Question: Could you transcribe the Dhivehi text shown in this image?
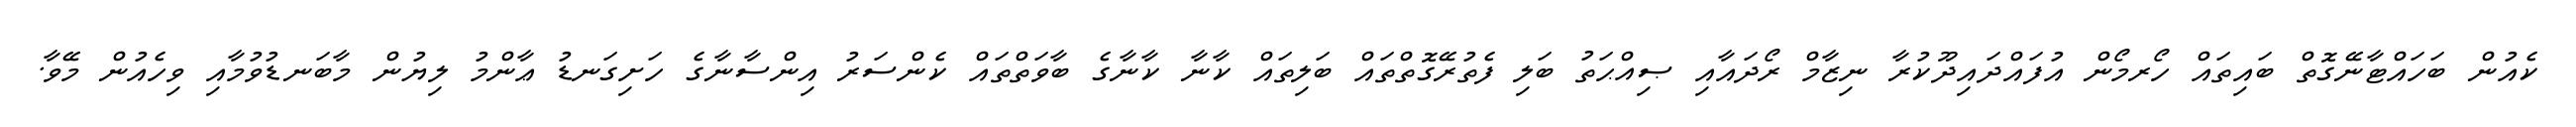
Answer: ކެއުން ބަހައްޓާނޭގޮތް ބައިތައް ހޯރމޯން އުފައްދައިދޫކުރާ ނިޒާމް ރޯދައާއި ޞިއްޙަތު ބަލި ފެތުރޭގޮތްތައް ބަލިތައް ކާނާ ކާނާގެ ބާވަތްތައް ކެންސަރު އިންސާނާގެ ހަށިގަނޑު ޢާންމު ލިޔުން މާބަނޑުވުމާއި ވިހެއުން މޭވާ.